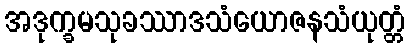
အဒုက္ခမသုခဿာဒသံယောဇနသံယုတ္တံ